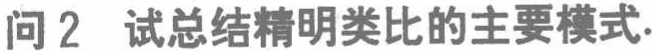
问2 试总结精明类比的主要模式.